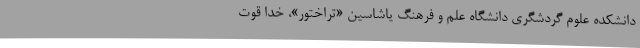
دانشکده علوم گردشگری دانشگاه علم و فرهنگ یاشاسین «تراختور»، خدا قوت